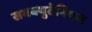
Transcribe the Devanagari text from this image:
सबक्युटेनियस